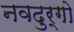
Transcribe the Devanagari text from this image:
नवदुर्गो